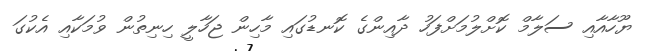
ޔޫހާއާއި ސަލާމް ކޮށްލުމަށްފަހު ދާއިންގެ ކޮނޑުގައި މާހިން ޖަހާލީ ހިނިތުން ވުމަކާއި އެކުގަ